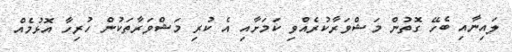
ލައިނާއި ބެހޭ ގޮތުން މަޝްވަރާކުރެއްވި ކަމަށާއި އެ ކުރި މަޝްވަރާތަކުން ހުރިހާ އޮޅުމެއް